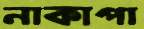
নাকাপা